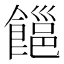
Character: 𩝹